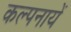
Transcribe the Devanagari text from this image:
कल्पनायें